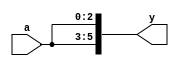
/* Generated by Yosys 0.9+4081 (git sha1 862e84eb, gcc 7.5.0-3ubuntu1~18.04 -fPIC -Os) */

module mult8(a, y);
  input [2:0] a;
  output [5:0] y;
  assign y = { a, a };
endmodule